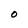
Character: O